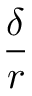
\frac { \delta } { r }